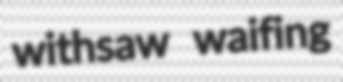
withsaw waifing